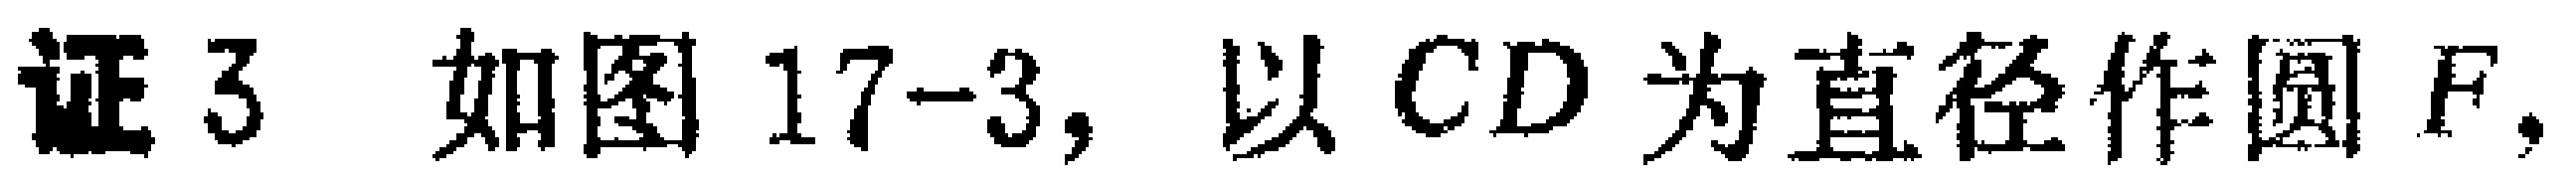
证3 如图17-3, 以 \(CD\) 为直径作圆 \(F\),